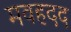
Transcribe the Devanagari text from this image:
मवहदद